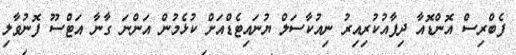
ފެބްރިސް އޮންޑޮއާ ދިފާއުކުރިއިރު ނިއުކާސަލް ޔުނައިޓެޑްއަށް ކުޅެމުން އަންނަ ގާނާ އަޓްސޫ ފޮނުވާލި